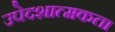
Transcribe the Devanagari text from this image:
उपेदशात्मकता